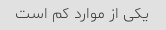
یکی از موارد کم است